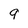
Character: 9